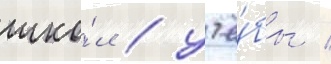
шко́л / учё́бы /